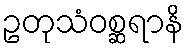
ဥတုသံဝစ္ဆရာနိ